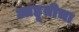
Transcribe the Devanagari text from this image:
आहूतीचा